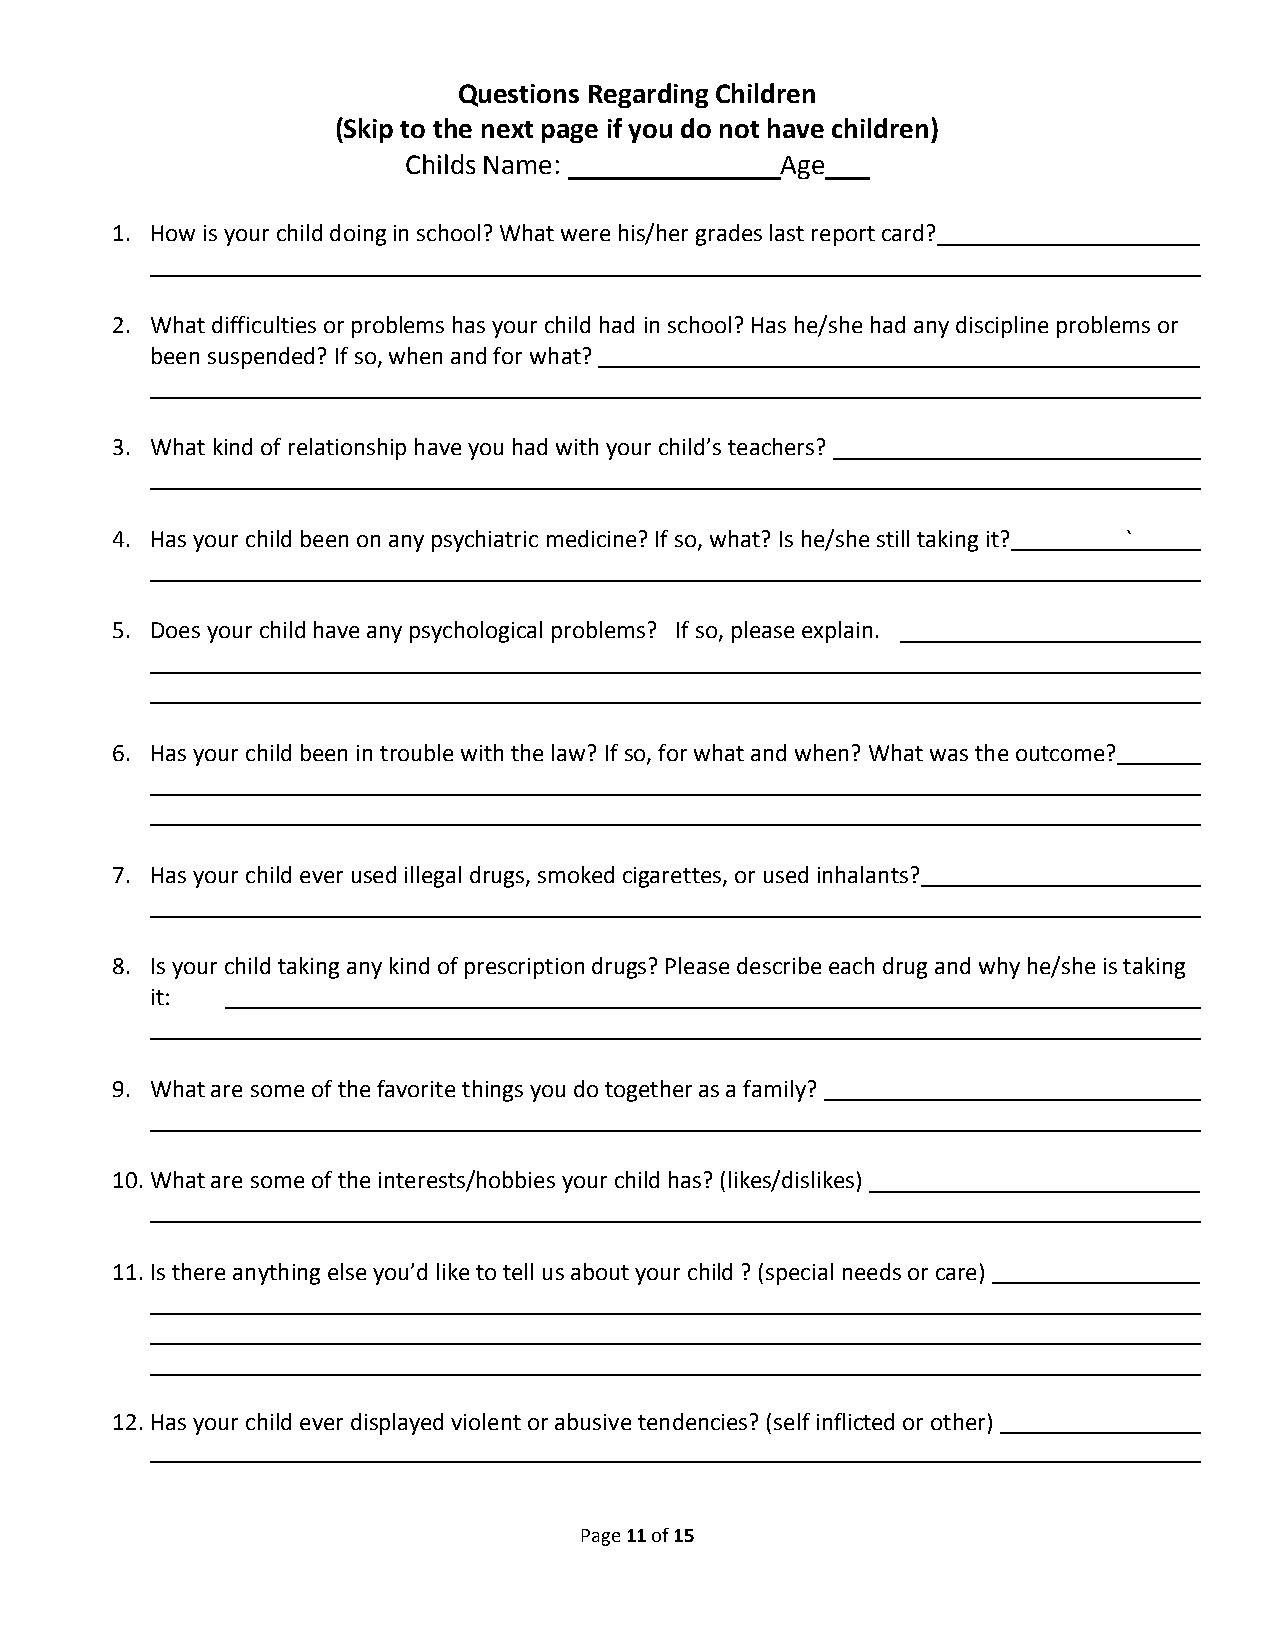
Questions Regarding Children
 (Skip to the next page if you do not have children)
 Childs Name:             Age  _
 1. How is your child doing in school? What were his/her grades last report card?
 2. What difficulties or problems has your child had in school? Has he/she had any discipline problems or
 been suspended? If so, when and for what?
 3. What kind of relationship have you had with your child’s teachers?
 4. Has your child been on any psychiatric medicine? If so, what? Is he/she still taking it? `
 5. Does your child have any psychological problems? If so, please explain.
 6. Has your child been in trouble with the law? If so, for what and when? What was the outcome?
 7. Has your child ever used illegal drugs, smoked cigarettes, or used inhalants?
 8. Is your child taking any kind of prescription drugs? Please describe each drug and why he/she is taking
 it:
 9. What are some of the favorite things you do together as a family?
 10. What are some of the interests/hobbies your child has? (likes/dislikes)
 11. Is there anything else you’d like to tell us about your child ? (special needs or care)
 12. Has your child ever displayed violent or abusive tendencies? (self inflicted or other)
 Page 11 of 15